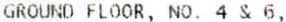
GROUND FLOOR, NO. 4 & 6,